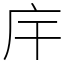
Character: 𢇛